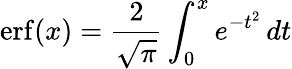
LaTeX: \operatorname{erf}(x)={\frac{2}{\sqrt{\pi}}}\int_{0}^{x}e^{-t^{2}}\, dt